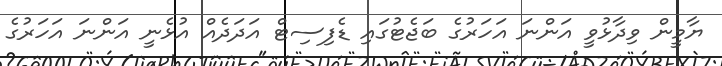
ޔާމީން ވިދާޅުވީ އަންނަ އަހަރުގެ ބަޖެޓުގައި ޑެފިސިޓް އަދަދެއް އުޅެނީ އަންނަ އަހަރުގެ